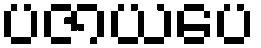
ပဇာယပေ